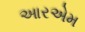
આરએમ